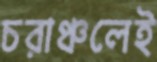
চরাঞ্চলেই